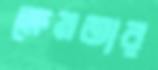
ক্ষেমতার